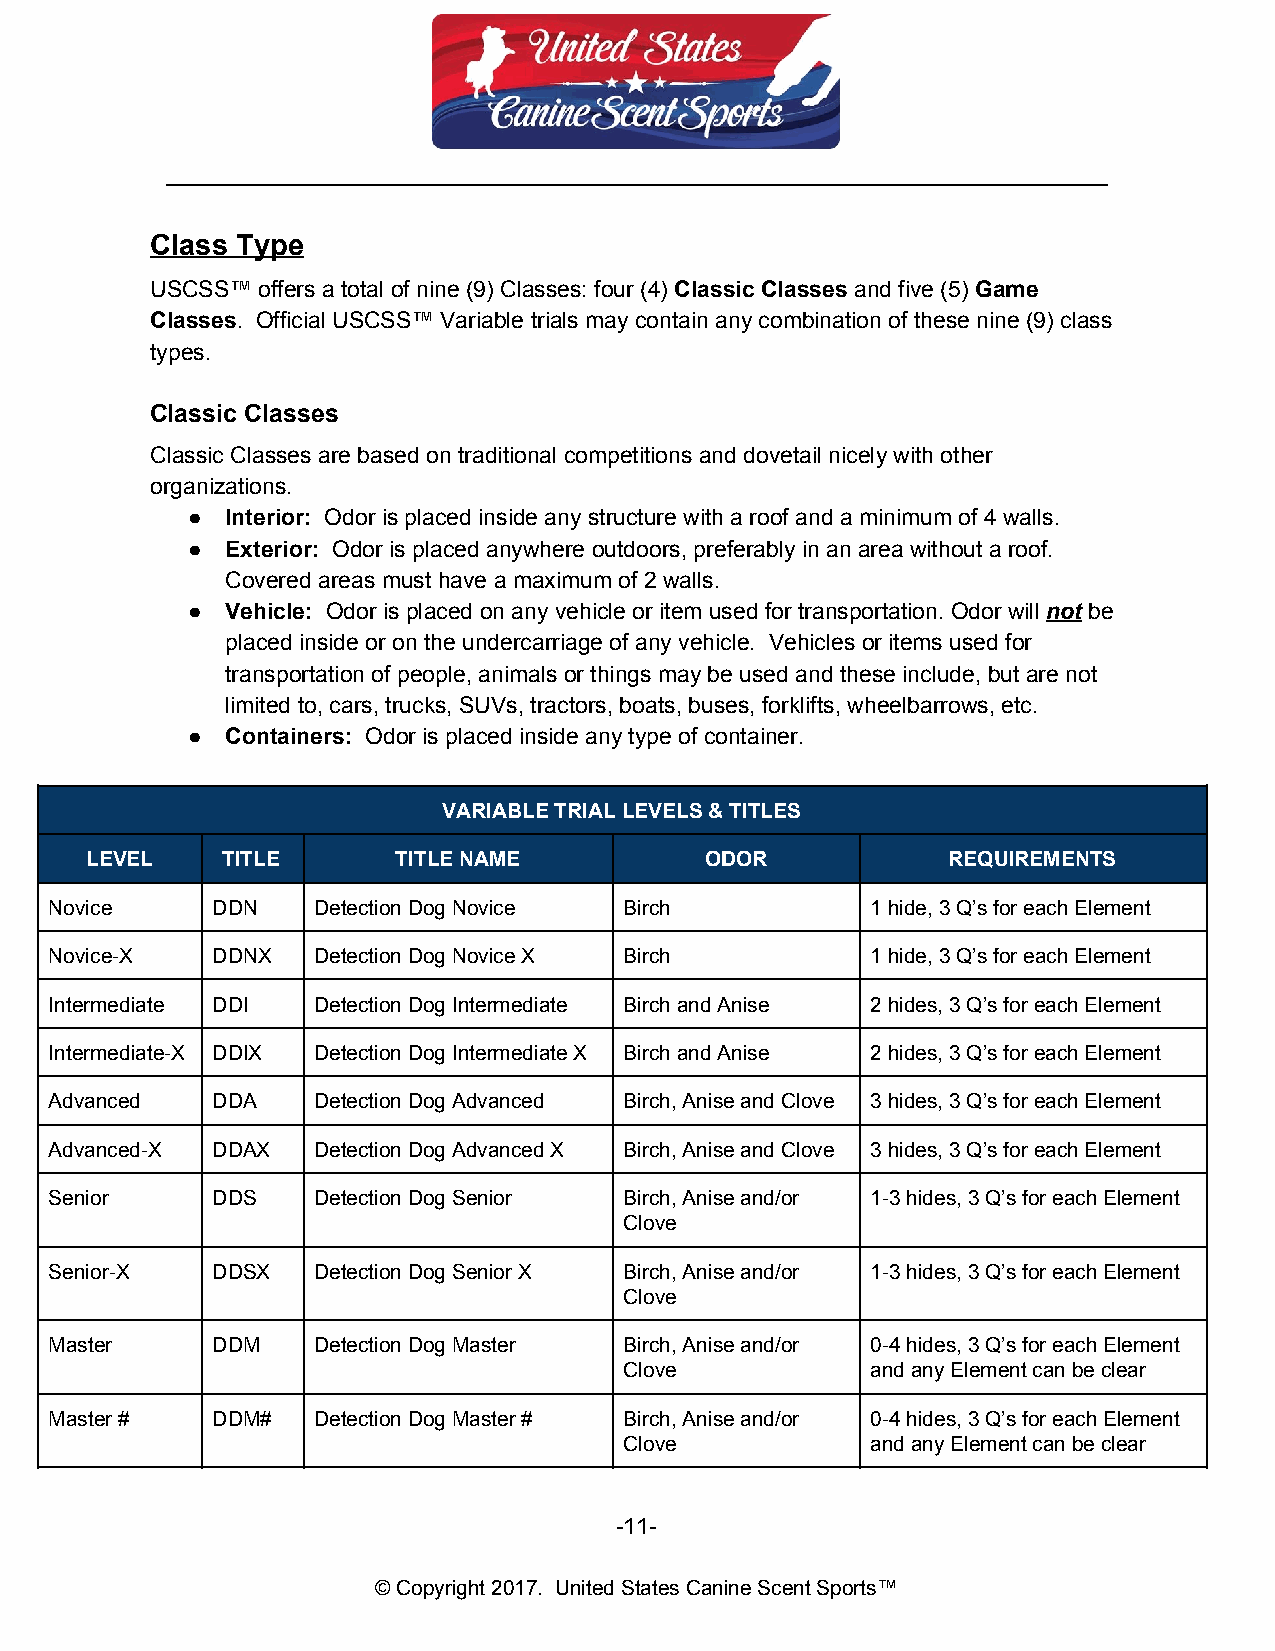
__________________________________________________________________________
 Class Type
 USCSS™ offers a total of nine (9) Classes: four (4) Classic Classes and five (5) Game
 ​           ​       ​
 Classes. Official USCSS™ Variable trials may contain any combination of these nine (9) class
 ​
 types.
 Classic Classes
 Classic Classes are based on traditional competitions and dovetail nicely with other
 organizations.
 ●  Interior: Odor is placed inside any structure with a roof and a minimum of 4 walls.
 ​
 ●  Exterior: Odor is placed anywhere outdoors, preferably in an area without a roof.
 ​
 Covered areas must have a maximum of 2 walls.
 ●  Vehicle: Odor is placed on any vehicle or item used for transportation. Odor will not be
 ​                                              ​ ​
 placed inside or on the undercarriage of any vehicle. Vehicles or items used for
 transportation of people, animals or things may be used and these include, but are not
 limited to, cars, trucks, SUVs, tractors, boats, buses, forklifts, wheelbarrows, etc.
 ●  Containers: Odor is placed inside any type of container.
 ​
 VARIABLE TRIAL LEVELS & TITLES
 LEVEL    TITLE      TITLE NAME           ODOR            REQUIREMENTS
 Novice     DDN    Detection Dog Novice Birch           1 hide, 3 Q’s for each Element
 Novice-X   DDNX   Detection Dog Novice X Birch         1 hide, 3 Q’s for each Element
 Intermediate DDI  Detection Dog Intermediate Birch and Anise 2 hides, 3 Q’s for each Element
 Intermediate-X DDIX Detection Dog Intermediate X Birch and Anise 2 hides, 3 Q’s for each Element
 Advanced   DDA    Detection Dog Advanced Birch, Anise and Clove 3 hides, 3 Q’s for each Element
 Advanced-X DDAX   Detection Dog Advanced X Birch, Anise and Clove 3 hides, 3 Q’s for each Element
 Senior     DDS    Detection Dog Senior Birch, Anise and/or 1-3 hides, 3 Q’s for each Element
 Clove
 Senior-X   DDSX   Detection Dog Senior X Birch, Anise and/or 1-3 hides, 3 Q’s for each Element
 Clove
 Master     DDM    Detection Dog Master Birch, Anise and/or 0-4 hides, 3 Q’s for each Element
 Clove            and any Element can be clear
 Master #   DDM#   Detection Dog Master # Birch, Anise and/or 0-4 hides, 3 Q’s for each Element
 Clove            and any Element can be clear
 -11-
 © Copyright 2017. United States Canine Scent Sports™